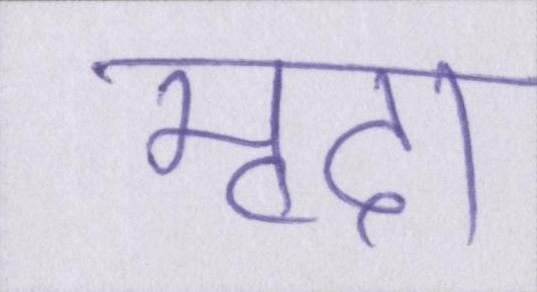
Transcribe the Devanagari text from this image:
मृदा